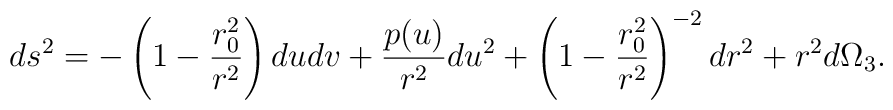
ds^2 = - \left( 1 - \frac{r_0^2}{r^2} \right) du dv+ \frac{p(u)}{r^2}du^2 +  \left( 1 - \frac{r_0^2}{r^2} \right)^{-2} dr^2 + r^2 d\Omega_3.